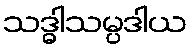
သဒ္ဓါသမ္ပဒါယ